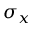
\sigma _ { x }